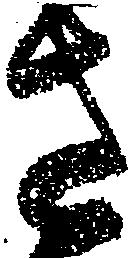
さ